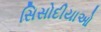
સિસોદીયાઓ